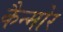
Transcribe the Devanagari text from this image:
कैन्मोर